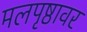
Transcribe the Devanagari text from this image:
मलपृष्ठावर